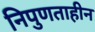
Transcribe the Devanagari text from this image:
निपुणताहीन